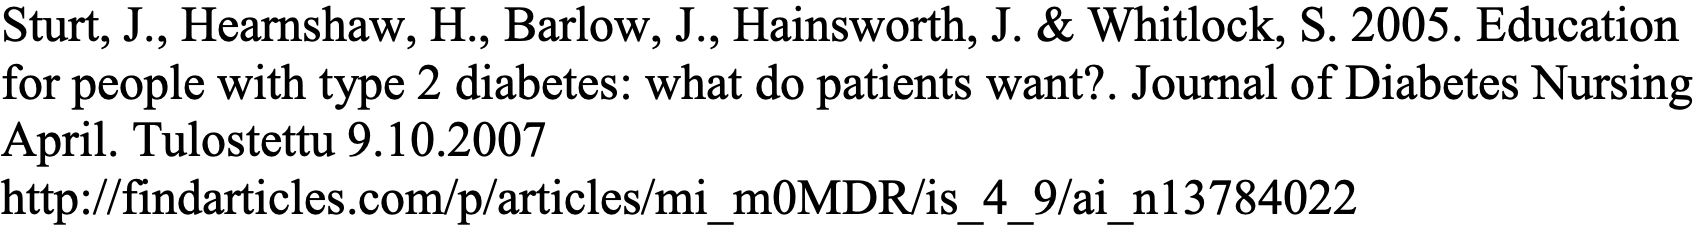
Sturt, J., Hearnshaw, H., Barlow, J., Hainsworth, J. & Whitlock, S. 2005. Education for people with type 2 diabetes: what do patients want?. Journal of Diabetes Nursing April. Tulostettu 9.10.2007 http://findarticles.com/p/articles/mi_m0MDR/is_4_9/ai_n13784022